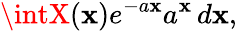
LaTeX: \intX(\mathbf{x})e^{-a\mathbf{x}}a^{\mathbf{x}}\, d\mathbf{x},